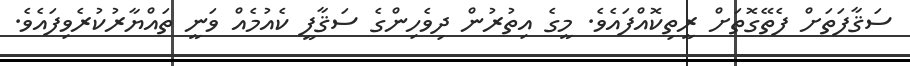
ސަޤާފަތަށް ފެތޭގޮތަށް ރީތިކޮއްފައެވެ. މީގެ އިތުރުން ދިވެހިންގެ ސަޤާފީ ކެއުމެއް ވަނީ ތައްޔާރުކުރެވިފައެވެ.